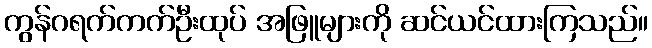
ကွန်ဂရက်ကက်ဦးထုပ် အဖြူများကို ဆင်ယင်ထားကြသည်။